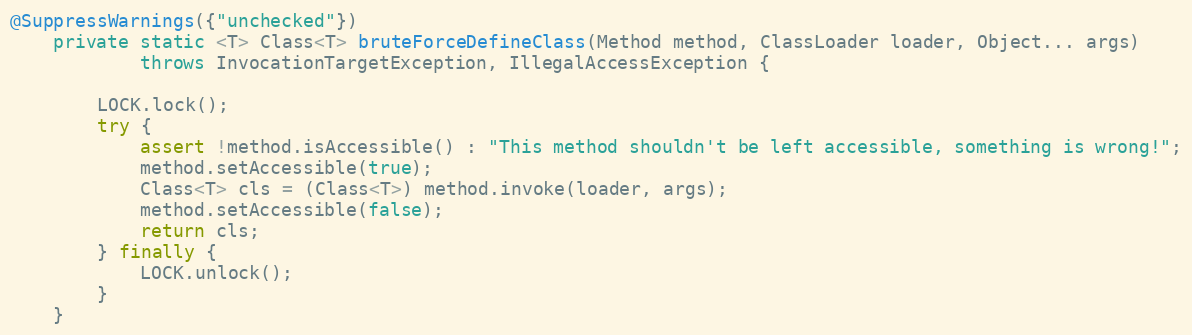
Language: Java
@SuppressWarnings({"unchecked"})
    private static <T> Class<T> bruteForceDefineClass(Method method, ClassLoader loader, Object... args)
            throws InvocationTargetException, IllegalAccessException {

        LOCK.lock();
        try {
            assert !method.isAccessible() : "This method shouldn't be left accessible, something is wrong!";
            method.setAccessible(true);
            Class<T> cls = (Class<T>) method.invoke(loader, args);
            method.setAccessible(false);
            return cls;
        } finally {
            LOCK.unlock();
        }
    }